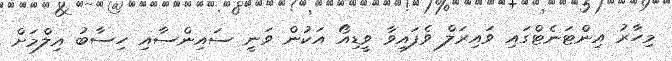
މިހާރު އިންޓަނެޓްގައި ވައިރަލް ވެފައިވާ ވީޑިއޯ އަކުން ވަނީ ސައިންސާއި ހިސާބު އިލްމަށް